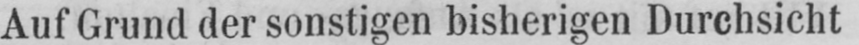
Auf Grund der sonstigen bisherigen Durchsicht